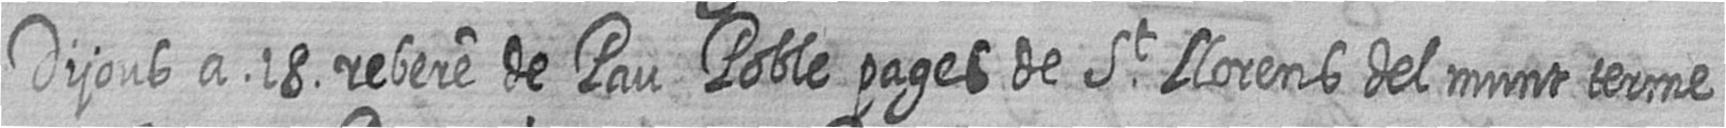
Dijous a 18 rebere de Pau Poble pages de St Llorens del munt terme